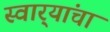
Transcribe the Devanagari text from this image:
स्वार्‍यांचा